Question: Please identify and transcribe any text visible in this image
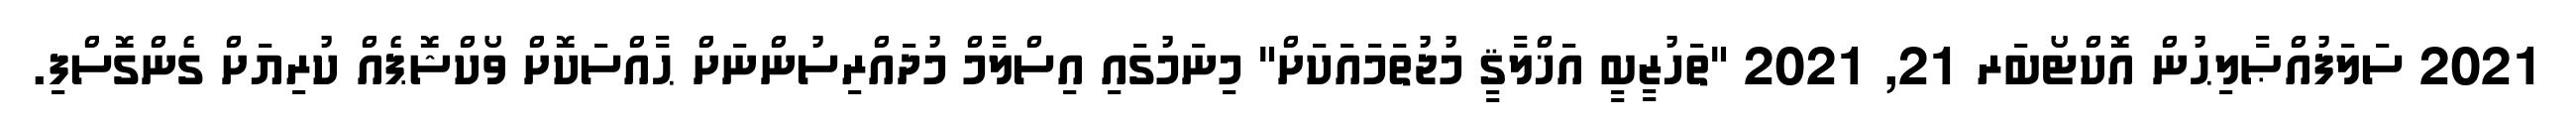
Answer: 2021 ސަލަފުއްޞާލިޙުން އޮކްޓޯބަރ 21, 2021 "ތަހުޒީބީ އަޚްލާޤީ މުޖުތަމައަކަށް" މިނަމުގައި އިސްލާމް މުދައްރިސުންނަށް ޙާއްސަކޮށް ވޯކްޝޮޕެއް ކުރިޔަށް ގެންގޮސްފި.